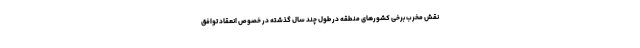
نقش مخرب برخی کشورهای منطقه در طول چند سال گذشته در خصوص انعقاد توافق